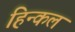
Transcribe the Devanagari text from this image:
हिन्कल